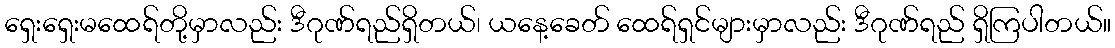
ရှေးရှေးမထေရ်တို့မှာလည်း ဒီဂုဏ်ရည်ရှိတယ်၊ ယနေ့ခေတ် ထေရ်ရှင်များမှာလည်း ဒီဂုဏ်ရည် ရှိကြပါတယ်။